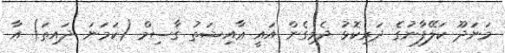
މަނަދޫ ކަލޭފާނުގެ ދަރިކޮޅު ދެމިގެން އައީ ޢާއިޝަތު ޤާސިމް (ކަމަނަ ދައިތަ) އާ